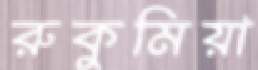
রুকুমিয়া